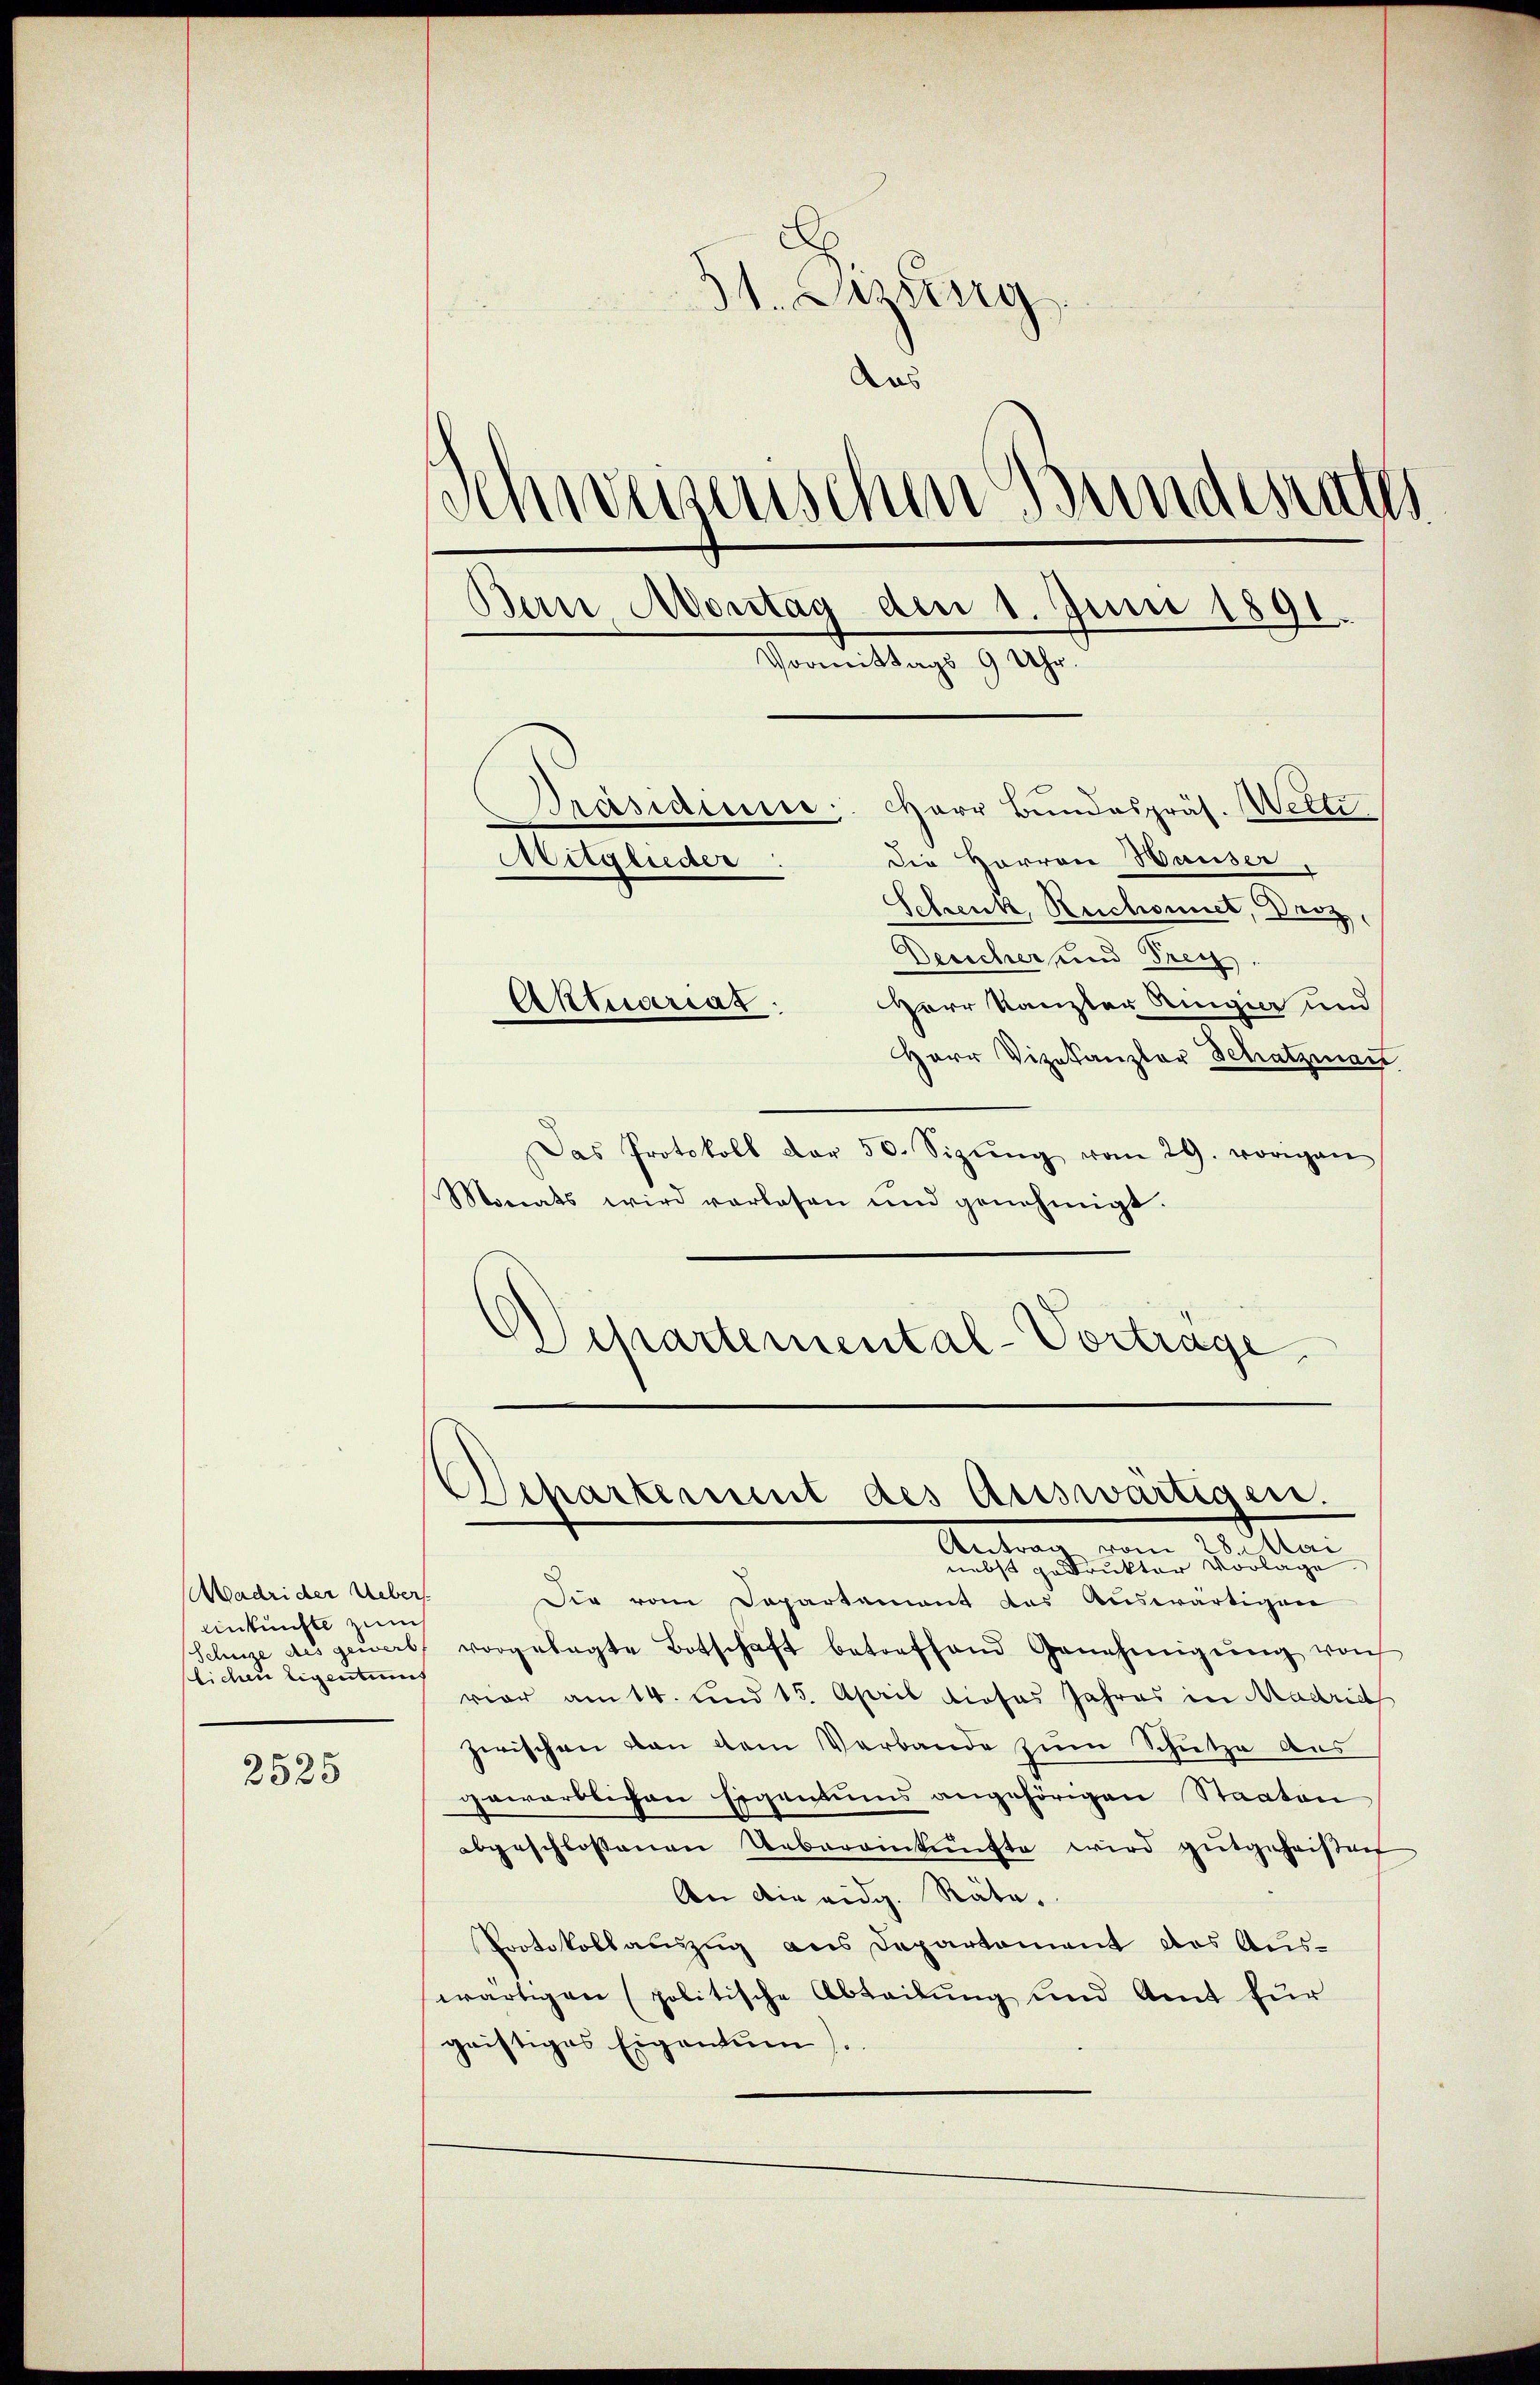
Madrider Ueber.
Ankünfte zum
lichen Eigentum

2525

c
31. Justig
Aus
Schweizerischen Bundesraths
Bern Montag den 1. Juni 1891.
Vormittags 9 Uhr.
Präsidium. Herr Bundespräs. Wette
Die Herren Hauser,
Mitglieder:
Schenk, Reichonnet, Drez

Desicher und Frey.
Herr Kanzler Ringier und
Herr Vizekanzler Schatzman
Das Protokoll der 50. Sizŭng vom 29. vorigen
Monats wird vorlesen und genehmigt.
Departemental-Vortrage

Aktuarias:

Departement des Auswärtigen.
Man
Antrag, von

nebst gedruckter Vorlage
Die vom Departement das Auswärtigen
Schuze des gewerb vorgelegte Botschaft betreffend Genehmigŭng von
vier am 14. und 15. April dieses Jahres in Madrid
zerischen von dem Verbande zum Schutze des
gewärtlichen Eigentums angehörigen Staaten
abgeschlossenen Uebereinkünfte wird gutgeheißen
An die eidg. Räte.
Protokollauszug aus Departement das Auswärtigen (politische Abteilung und Amt für
gristiges Eigentum).